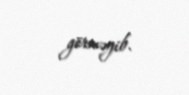
görməyib.